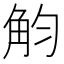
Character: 𧣏